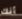
أنك